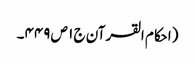
(احکام القرآن ج ١ ص ٤٤٩۔